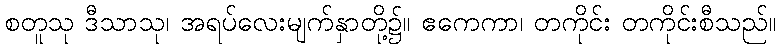
စတူသု ဒီသာသု၊ အရပ်လေးမျက်နှာတို့၌။ ဧကေကာ၊ တကိုင်း တကိုင်းစီသည်။